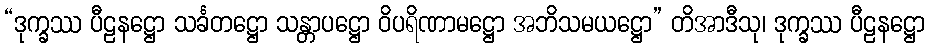
“ဒုက္ခဿ ပီဠနဋ္ဌော သင်္ခတဋ္ဌော သန္တာပဋ္ဌော ဝိပရိဏာမဋ္ဌော အဘိသမယဋ္ဌော” တိအာဒီသု၊ ဒုက္ခဿ ပီဠနဋ္ဌော